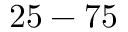
2 5 - 7 5